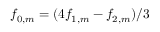
f _ { 0 , m } = ( 4 f _ { 1 , m } - f _ { 2 , m } ) / 3